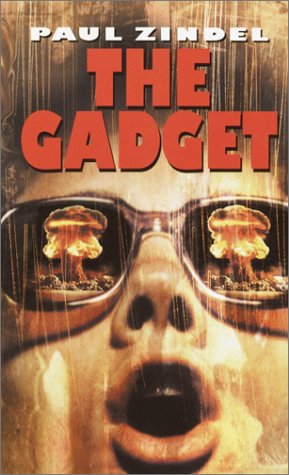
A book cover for The Gadget; Paul Zindel; Teen & Young Adult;